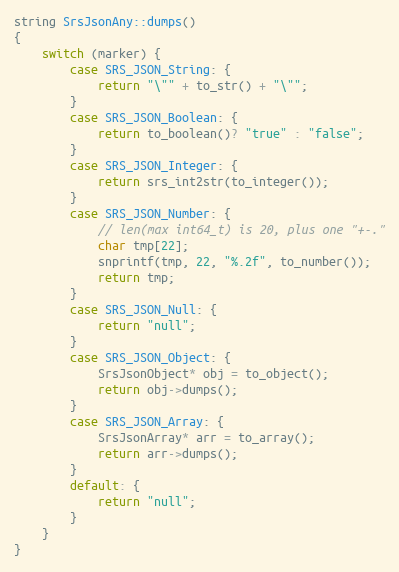
Language: C++
string SrsJsonAny::dumps()
{
    switch (marker) {
        case SRS_JSON_String: {
            return "\"" + to_str() + "\"";
        }
        case SRS_JSON_Boolean: {
            return to_boolean()? "true" : "false";
        }
        case SRS_JSON_Integer: {
            return srs_int2str(to_integer());
        }
        case SRS_JSON_Number: {
            // len(max int64_t) is 20, plus one "+-."
            char tmp[22];
            snprintf(tmp, 22, "%.2f", to_number());
            return tmp;
        }
        case SRS_JSON_Null: {
            return "null";
        }
        case SRS_JSON_Object: {
            SrsJsonObject* obj = to_object();
            return obj->dumps();
        }
        case SRS_JSON_Array: {
            SrsJsonArray* arr = to_array();
            return arr->dumps();
        }
        default: {
            return "null";
        }
    }
}